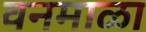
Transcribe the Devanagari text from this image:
वनमाळा